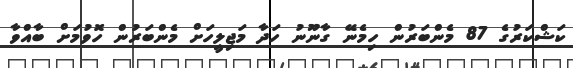
ކަޝްކަރުގެ 87 މެންބަރުން ހިމެނޭ ގާނޫނު ހަދާ މަޖިލީހަށް މެންބަރުން ހޮވުމަށް ބާއްވާ